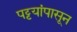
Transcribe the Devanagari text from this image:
पट्टयांपासून